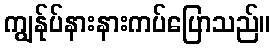
ကျွန်ုပ်နားနားကပ်ပြောသည်။